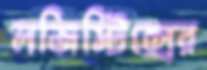
লজিস্টিক্সের